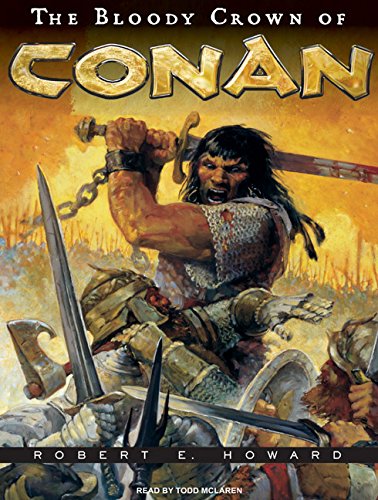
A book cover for The Bloody Crown of Conan (Conan of Cimmeria); Robert E. Howard; Literature & Fiction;